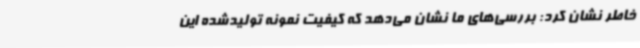
خاطر نشان کرد: بررسی‌های ما نشان می‌دهد که کیفیت نمونه تولیدشده این